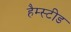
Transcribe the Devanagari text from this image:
हैम्स्टीड